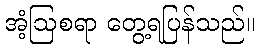
အံ့ဩစရာ တွေ့ရပြန်သည်။